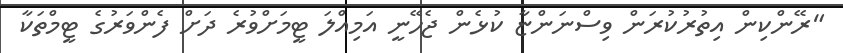
"ރޭންކިން އިތުރުކުރަން ވިސްނަންޏާ ކުޅެން ޖެހޭނީ އަމިއްލަ ޓީމަށްވުރެ ދަށް ފެންވަރުގެ ޓީމްތަކާ